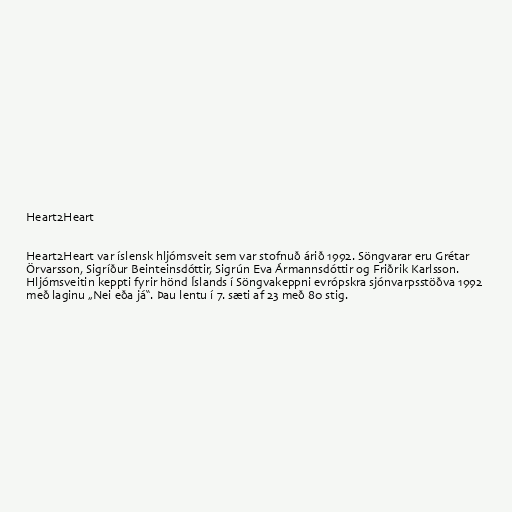
Heart2Heart

Heart2Heart var íslensk hljómsveit sem var stofnuð árið 1992. Söngvarar eru Grétar
Örvarsson, Sigríður Beinteinsdóttir, Sigrún Eva Ármannsdóttir og Friðrik Karlsson.
Hljómsveitin keppti fyrir hönd Íslands í Söngvakeppni evrópskra sjónvarpsstöðva 1992
með laginu „Nei eða já“. Þau lentu í 7. sæti af 23 með 80 stig.